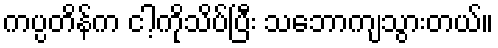
ကပ္ပတိန်က ငါ့ကိုသိပ်ပြီး သဘောကျသွားတယ်။